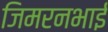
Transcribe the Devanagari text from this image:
जिमरनभाई